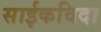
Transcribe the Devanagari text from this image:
साईकविदा